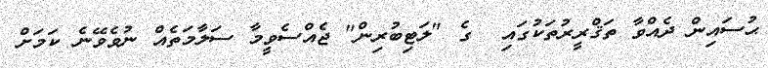
ޙުސައިން ދެއްވާ ތަޤްރީރުތަކުގައި  ގެ "ލަޓިބުރިން" ޖެއްސެވީމާ ސަލާމަތެއް ނުވެވޭނެ ކަމަށް